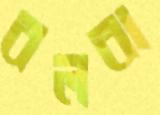
বলবা